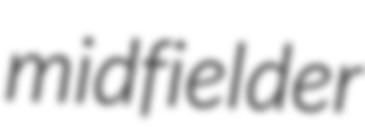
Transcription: midfielder